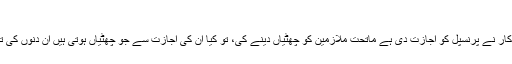
سوال # 162042
میں کالج میں ٹیچر ہوں، سرکار نے پرنسپل کو اجازت دی ہے ماتحت ملازمین کو چھٹیاں دینے کی، تو کیا ان کی اجازت سے جو چھٹیاں ہوتی ہیں ان دنوں کی تنخواہ لے سکتا ہوں کہ نہیں؟